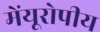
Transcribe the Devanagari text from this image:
मेंयूरोपीय